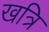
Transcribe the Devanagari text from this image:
खत्रि